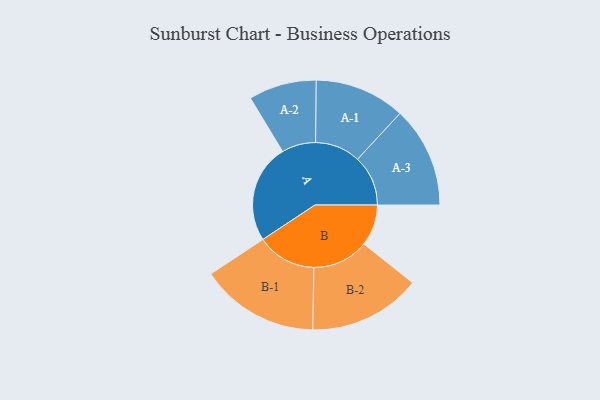
{"axis": {"x": "Segment", "y": "Value"}, "legend": ["", "A", "B"], "data": [{"x": "A", "y": 364, "type": ""}, {"x": "B", "y": 152, "type": ""}, {"x": "A-1", "y": 167, "type": "A"}, {"x": "A-2", "y": 125, "type": "A"}, {"x": "A-3", "y": 186, "type": "A"}, {"x": "B-1", "y": 219, "type": "B"}, {"x": "B-2", "y": 207, "type": "B"}]}